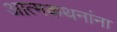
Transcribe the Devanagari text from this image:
आत्मकथनांना